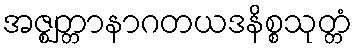
အဇ္ဈတ္တာနာဂတယဒနိစ္စသုတ္တံ